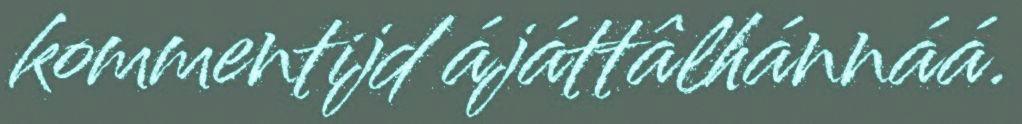
kommentijd ájáttâlhánnáá.